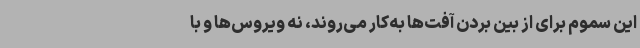
این سموم برای از بین بردن آفت‌ها به‌کار می‌روند، نه ویروس‌ها و با